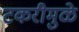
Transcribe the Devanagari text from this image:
टकरीमुळे